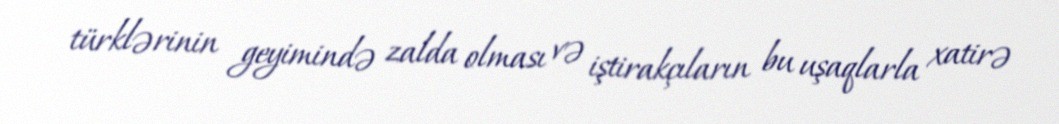
türklərinin geyimində zalda olması və iştirakçıların bu uşaqlarla xatirə